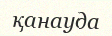
қанауда